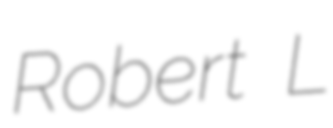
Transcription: Robert L